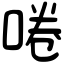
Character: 啳